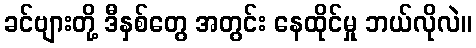
ခင်ဗျားတို့ ဒီနှစ်တွေ အတွင်း နေထိုင်မှု ဘယ်လိုလဲ။